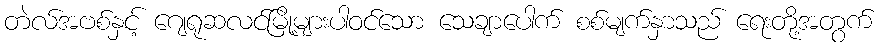
တဲလ်အဗစ်နှင့် ဂျေရုဆလင်မြို့များပါဝင်သော သေချာပေါက် စစ်မျက်နှာသည် ရေးတို့အတွက်